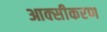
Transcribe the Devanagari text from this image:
आक्‍सीकरण